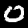
Label: 0